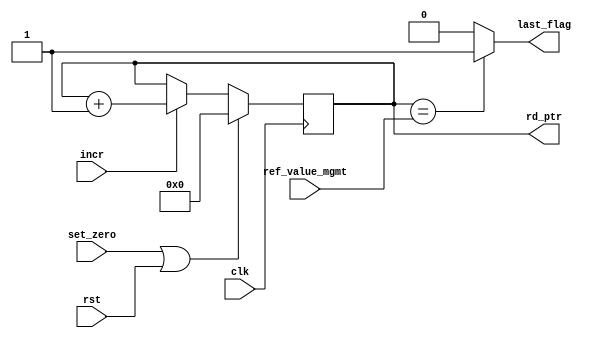
`timescale 1ns / 1ps
//////////////////////////////////////////////////////////////////////////////////
// Company: 
// 
// Design Name: 
// Module Name: hdr_counter
// Project Name: L23buffer_v2
// Target Devices: 
// Tool Versions: 
// Description: 
// 
// Dependencies: 
// 
// Revision:
// Revision 0.01 - File Created
// Additional Comments:
// 
//////////////////////////////////////////////////////////////////////////////////

module hdr_counter (
  input clk,
  input rst,
  input set_zero, 
  input incr,
  input [5:0] ref_value_mgmt,
  output last_flag,
  output reg [5:0] rd_ptr
);

  wire setzero_or_rst;
 
//assign setzero_or_rst for sync reset 
 assign setzero_or_rst = set_zero || rst;
    
//RD_COUNTER
always @(posedge clk)
if (setzero_or_rst) begin
 rd_ptr <= 6'b0;
 end else if (incr) begin
 rd_ptr <= rd_ptr + 1;
 end

//Generate last_flag
  assign last_flag = (rd_ptr == ref_value_mgmt)? 1 : 0;                   

endmodule